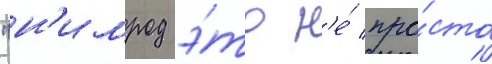
"н'имрод э́то н'е́ про́сто